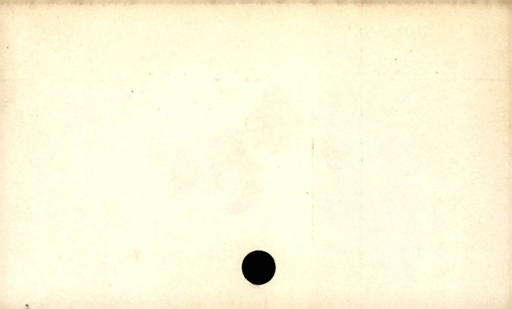
Label: blank